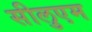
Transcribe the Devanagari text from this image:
सीलुएम